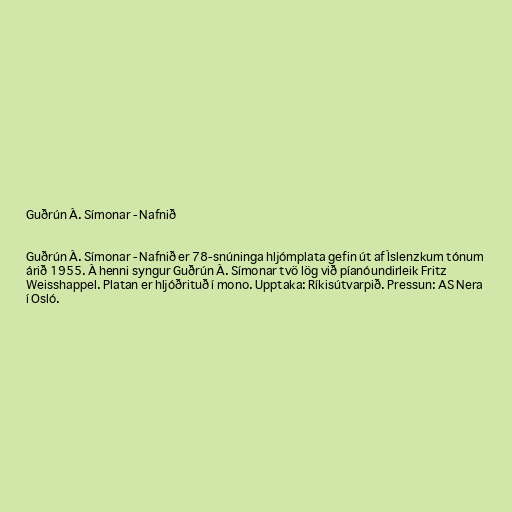
Guðrún Á. Símonar - Nafnið

Guðrún Á. Símonar - Nafnið er 78-snúninga hljómplata gefin út af Íslenzkum tónum
árið 1955. Á henni syngur Guðrún Á. Símonar tvö lög við píanóundirleik Fritz
Weisshappel. Platan er hljóðrituð í mono. Upptaka: Ríkisútvarpið. Pressun: AS Nera
í Osló.